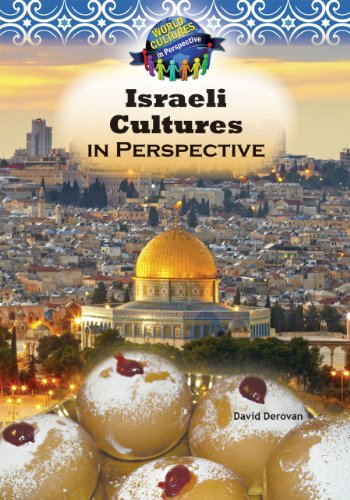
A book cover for Israeli Culture in Perspective (World Cultures in Perspective); David Derovan; Teen & Young Adult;